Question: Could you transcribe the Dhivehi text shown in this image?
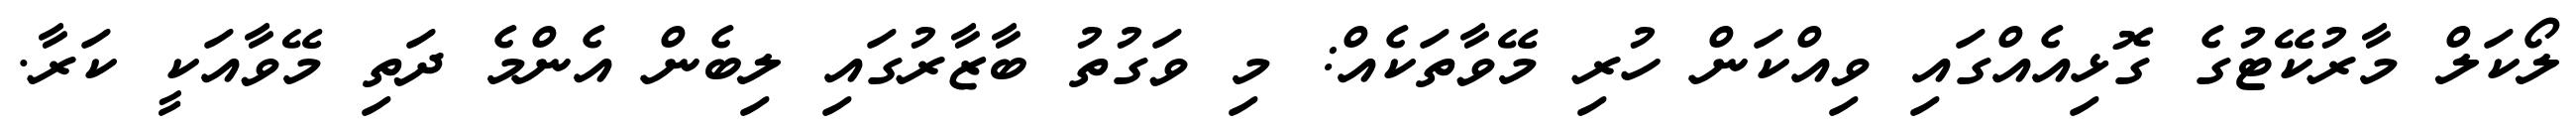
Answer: ލޯކަލް މާރުކޭޓުގެ ގޮޅިއެއްގައި ވިއްކަން ހުރި މޭވާތަކެއް: މި ވަގުތު ބާޒާރުގައި ލިބެން އެންމެ ދަތި މޭވާއަކީ ކަރާ.